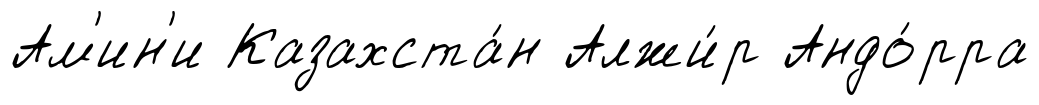
Ам'ин'и Казахста́н Алжи́р Андо́рра